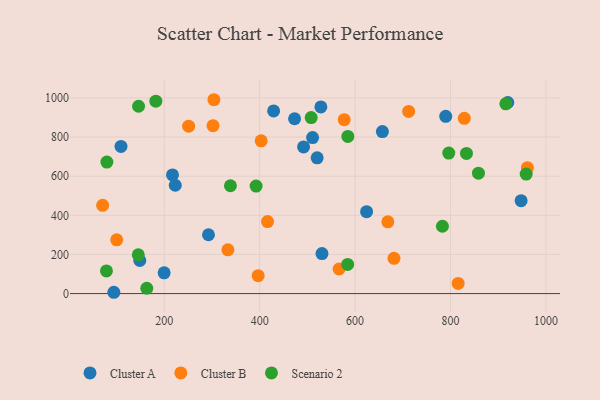
{"axis": {"x": "Ad Spend", "y": "Salary"}, "legend": ["Cluster A", "Cluster B", "Scenario 2"], "data": [{"x": "109.5", "y": 752.5, "type": "Cluster A"}, {"x": "657.2", "y": 828.1, "type": "Cluster A"}, {"x": "223.2", "y": 553.8, "type": "Cluster A"}, {"x": "510.9", "y": 797.5, "type": "Cluster A"}, {"x": "148.9", "y": 169.1, "type": "Cluster A"}, {"x": "217.4", "y": 606.5, "type": "Cluster A"}, {"x": "789.9", "y": 906.0, "type": "Cluster A"}, {"x": "199.9", "y": 106.3, "type": "Cluster A"}, {"x": "473.2", "y": 893.7, "type": "Cluster A"}, {"x": "530.6", "y": 204.4, "type": "Cluster A"}, {"x": "492.0", "y": 749.8, "type": "Cluster A"}, {"x": "528.3", "y": 954.4, "type": "Cluster A"}, {"x": "520.5", "y": 694.0, "type": "Cluster A"}, {"x": "947.9", "y": 474.7, "type": "Cluster A"}, {"x": "292.8", "y": 300.8, "type": "Cluster A"}, {"x": "94.5", "y": 6.7, "type": "Cluster A"}, {"x": "624.1", "y": 418.5, "type": "Cluster A"}, {"x": "920.0", "y": 976.7, "type": "Cluster A"}, {"x": "429.3", "y": 933.6, "type": "Cluster A"}, {"x": "403.2", "y": 780.8, "type": "Cluster B"}, {"x": "333.5", "y": 223.5, "type": "Cluster B"}, {"x": "681.5", "y": 180.1, "type": "Cluster B"}, {"x": "302.3", "y": 858.6, "type": "Cluster B"}, {"x": "251.2", "y": 855.6, "type": "Cluster B"}, {"x": "71.0", "y": 451.0, "type": "Cluster B"}, {"x": "712.2", "y": 931.1, "type": "Cluster B"}, {"x": "961.0", "y": 643.4, "type": "Cluster B"}, {"x": "416.6", "y": 368.2, "type": "Cluster B"}, {"x": "396.9", "y": 91.4, "type": "Cluster B"}, {"x": "304.2", "y": 991.0, "type": "Cluster B"}, {"x": "566.5", "y": 125.6, "type": "Cluster B"}, {"x": "577.2", "y": 888.8, "type": "Cluster B"}, {"x": "100.5", "y": 274.7, "type": "Cluster B"}, {"x": "816.0", "y": 51.7, "type": "Cluster B"}, {"x": "668.6", "y": 366.9, "type": "Cluster B"}, {"x": "828.8", "y": 896.0, "type": "Cluster B"}, {"x": "915.9", "y": 970.0, "type": "Scenario 2"}, {"x": "338.8", "y": 551.3, "type": "Scenario 2"}, {"x": "584.8", "y": 803.5, "type": "Scenario 2"}, {"x": "79.9", "y": 672.4, "type": "Scenario 2"}, {"x": "858.5", "y": 615.6, "type": "Scenario 2"}, {"x": "796.3", "y": 718.3, "type": "Scenario 2"}, {"x": "958.5", "y": 610.8, "type": "Scenario 2"}, {"x": "783.0", "y": 344.3, "type": "Scenario 2"}, {"x": "145.7", "y": 198.1, "type": "Scenario 2"}, {"x": "508.0", "y": 899.6, "type": "Scenario 2"}, {"x": "182.5", "y": 983.7, "type": "Scenario 2"}, {"x": "833.4", "y": 716.3, "type": "Scenario 2"}, {"x": "392.6", "y": 549.4, "type": "Scenario 2"}, {"x": "163.5", "y": 27.2, "type": "Scenario 2"}, {"x": "584.4", "y": 149.3, "type": "Scenario 2"}, {"x": "146.3", "y": 957.7, "type": "Scenario 2"}, {"x": "79.0", "y": 115.9, "type": "Scenario 2"}]}